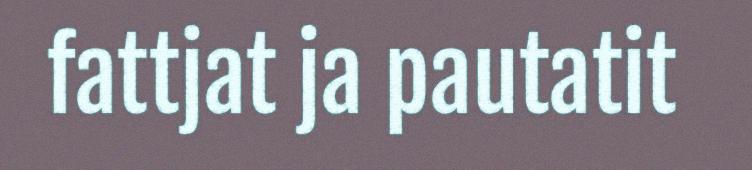
fattjat ja pautatit